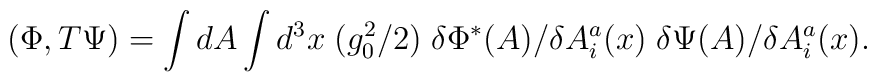
(\Phi, T \Psi) = \int dA \int d^3x \; (g_0^2/2)   \; \delta \Phi^*(A) / \delta A_i^a(x) \; \delta \Psi(A) / \delta A_i^a(x) .